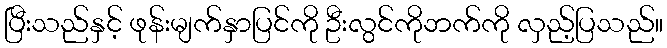
ပြီးသည်နှင့် ဖုန်းမျက်နှာပြင်ကို ဦးလွင်ကိုဘက်ကို လှည့်ပြသည်။